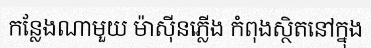
កន្លែងណាមួយ ម៉ាស៊ីនភ្លើង កំពុងស្ថិតនៅក្នុង